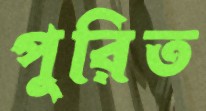
পুরিত